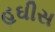
હઘીસ